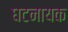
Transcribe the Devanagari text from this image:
घटनायक